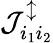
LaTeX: \mathcal{J}_{i_{1}i_{2}}^{\updownarrow}